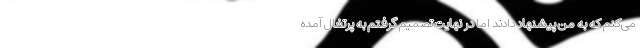
می‌کنم که به من پیشنهاد دادند اما در نهایت تصمیم گرفتم به پرتغال آمده